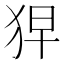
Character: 𤞋